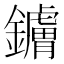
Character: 𬬚